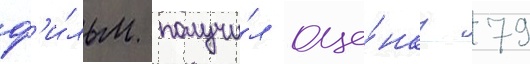
ф'и́льм получи́л оце́нку 79